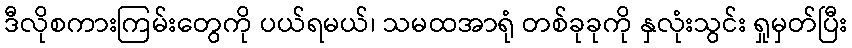
ဒီလိုစကားကြမ်းတွေကို ပယ်ရမယ်၊ သမထအာရုံ တစ်ခုခုကို နှလုံးသွင်း ရှုမှတ်ပြီး